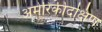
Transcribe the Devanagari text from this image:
अमेरिकीदक्षिण